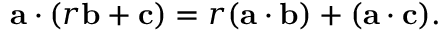
\mathbf { a } \cdot ( r \mathbf { b } + \mathbf { c } ) = r ( \mathbf { a } \cdot \mathbf { b } ) + ( \mathbf { a } \cdot \mathbf { c } ) .